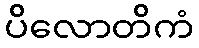
ပိလောတိကံ